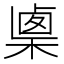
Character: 𣖴